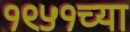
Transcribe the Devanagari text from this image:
१९५१च्या